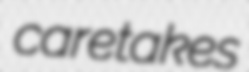
caretakes